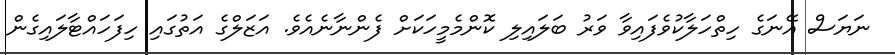
ނަޔަސް އޭނަގެ ހިތްހަލާކުވެފައިވާ ވަރު ބަލައިލި ކޮންމެމީހަކަށް ފެންނާނެއެވެ. އަޒަލްގެ އަތުގައި ހިފަހައްޓާލައިގެން